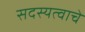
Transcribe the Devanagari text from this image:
सदस्यत्वाचे